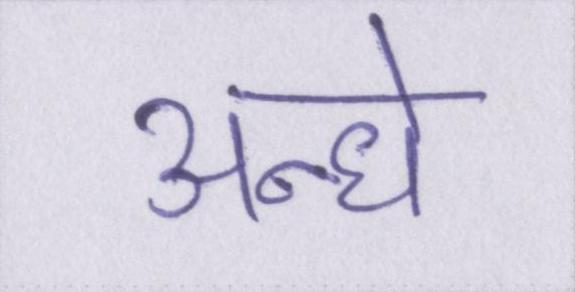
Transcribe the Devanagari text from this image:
अन्धे